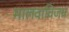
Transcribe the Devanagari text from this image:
मालवाविजय